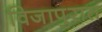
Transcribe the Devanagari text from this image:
विजापुरात